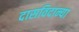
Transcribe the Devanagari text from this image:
दासविदान्या